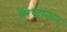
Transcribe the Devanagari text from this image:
सिध्दांकन